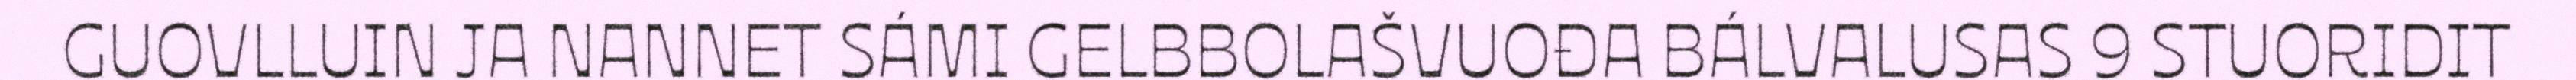
GUOVLLUIN JA NANNET SÁMI GELBBOLAŠVUOĐA BÁLVALUSAS 9 STUORIDIT